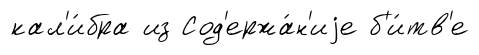
кал'и́бра из Сод'ержа́н'иjе б'и́тв'е